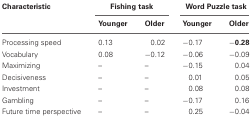
<table><thead><tr><td><b>Characteristic</b></td><td colspan="2"><b>Fishing task</b></td><td colspan="2"><b>Word Puzzle task</b></td></tr><tr><td></td><td><b>Younger</b></td><td><b>Older</b></td><td><b>Younger</b></td><td><b>Older</b></td></tr></thead><tbody><tr><td>Processing speed</td><td>0.13</td><td>0.02</td><td>−0.17</td><td>−<b>0.28</b></td></tr><tr><td>Vocabulary</td><td>0.08</td><td>−0.12</td><td>−0.06</td><td>−0.09</td></tr><tr><td>Maximizing</td><td>–</td><td>–</td><td>−0.15</td><td>0.04</td></tr><tr><td>Decisiveness</td><td>–</td><td>–</td><td>0.01</td><td>0.05</td></tr><tr><td>Investment</td><td>–</td><td>–</td><td>0.08</td><td>0.08</td></tr><tr><td>Gambling</td><td>–</td><td>–</td><td>−0.17</td><td>0.16</td></tr><tr><td>Future time perspective</td><td>–</td><td>–</td><td>0.25</td><td>−0.04</td></tr></tbody></table>